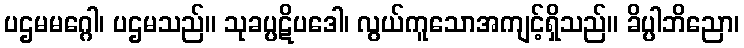
ပဌမမဂ္ဂေါ၊ ပဌမသည်။ သုခပ္ပဋိပဒေါ၊ လွယ်ကူသောအကျင့်ရှိသည်။ ခိပ္ပါဘိညော၊